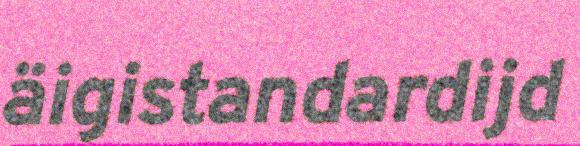
äigistandardijd